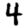
Digit: 4